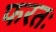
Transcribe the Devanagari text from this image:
फरतः